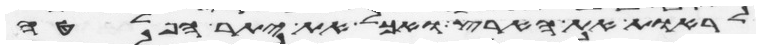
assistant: לראות את הארץ ואכל את יתר הפלטה